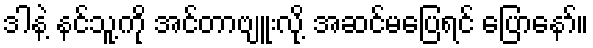
ဒါနဲ့ နင်သူ့ကို အင်တာဗျူးလို့ အဆင်မပြေရင် ပြောနော်။